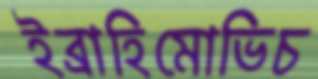
ইব্রাহিমোভিচ